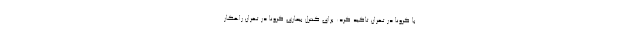
با کرونا در تهران تاکید کرد: برای کنترل بیماری کرونا در تهران راهکار